Calcutta medical institutions reports 1879-81 [i.e.91]
Year: 1879
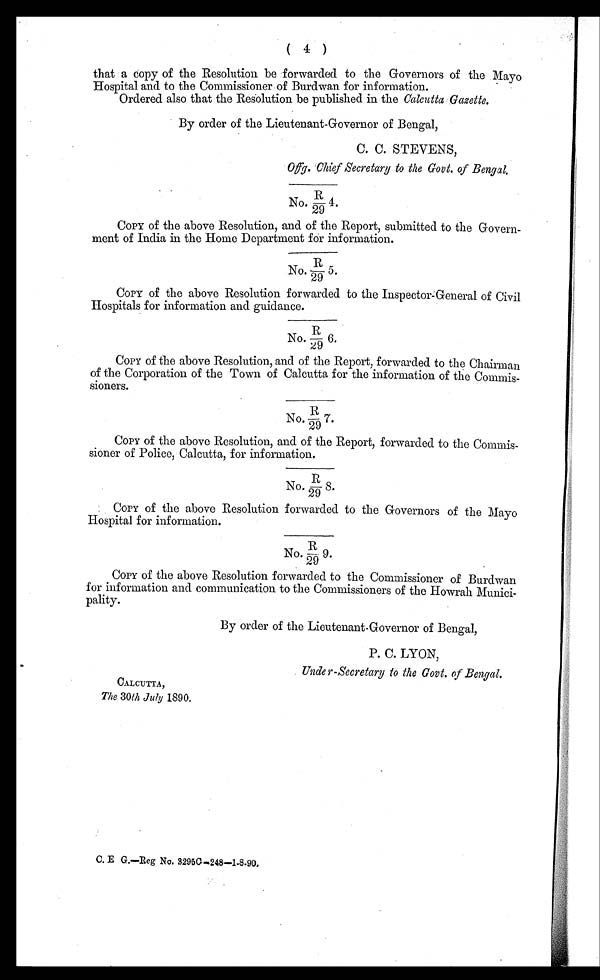
( 4 )
that a copy of the Resolution be forwarded to the Governors of the Mayo
Hospital and to the Commissioner of Burdwan for information.
Ordered also that the Resolution be published in the Calcutta Gazette.
By order of the Lieutenant-Governor of Bengal,
C. C. STEVENS,
No.R/29 4.
COPY of the above Resolution, and of the Report, submitted to the Govern-
ment of India in the Home Department for information.
No.R/295.
COPY of the above Resolution forwarded to the Inspector-General of Civil
Hospitals for information and guidance.
No.R/29 6.
COPY of the above Resolution, and of the Report, forwarded to the Chairman
of the Corporation of the Town of Calcutta for the information of the Commis-
sioners.
No.R/ 29 7.
COPY of the above Resolution, and of the Report, forwarded to the Commis-
sioner of Police, Calcutta, for information.
No.R/298.
COPY of the above Resolution forwarded to the Governors of the Mayo
Hospital for information.
No.R/29 9.
CoPY of the above Resolution forwarded to the Commissioner of Burdwan
for information and communication to the Commissioners of the Howrah
Munici-pality.
By order of the Lieutenant.Governor of Bengal,
P. C. LYON,
Under-Secretary to the Govt. of Bengal.
CALCUTTA,
The 30th July 1890.
C. E G. — Reg No. 3295C-248-1-8-90,